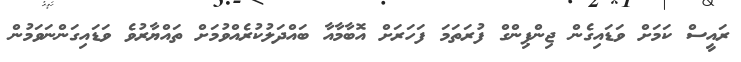
ރައީސް ކަމަށް ވަޑައިގެން ޖިންޕިންގް ފުރަތަމަ ފަހަރަށް އޮބާމާއާ ބައްދަލުކުރެއްވުމަށް ތައްޔާރުވެ ވަޑައިގަންނަވަމުން